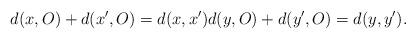
LaTeX: \begin{align*}d(x, O)+d(x', O)=d(x, x') d(y, O)+d(y', O)=d(y, y') .\end{align*}